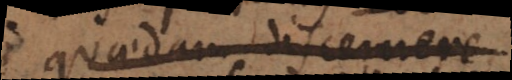
quaedam discernere.